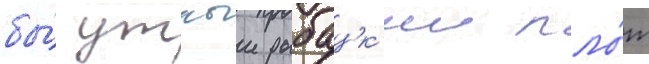
бы́ утлыи рыбацк'ии пло́т